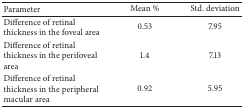
<table><thead><tr><td><b>Parameter</b></td><td><b>Mean %</b></td><td><b>Std. deviation</b></td></tr></thead><tbody><tr><td>Difference of retinal thickness in the foveal area</td><td>0.53</td><td>7.95</td></tr><tr><td>Difference of retinal thickness in the perifoveal area</td><td>1.4</td><td>7.13</td></tr><tr><td>Difference of retinal thickness in the peripheral macular area</td><td>0.92</td><td>5.95</td></tr></tbody></table>